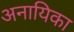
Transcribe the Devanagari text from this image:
अनायिका